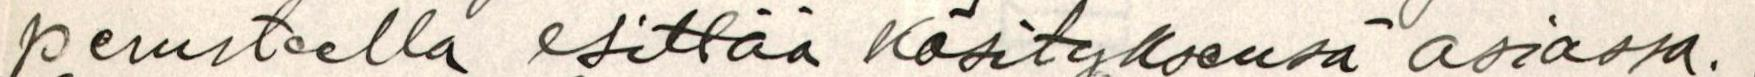
perusteella esittää Käsityksensä asiassa.